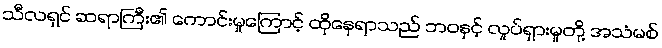
သီလရှင် ဆရာကြီး၏ ကောင်းမှုကြောင့် ထိုနေရာသည် ဘဝနှင့် လှုပ်ရှားမှုတို့ အသံမစ်